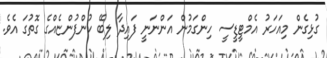
ގުޅިގެން މިއަހަރު އެމްޓީޑީސީ ހިންގަމުން އަންނަނީ ފައިދާ ލިބޭ ކުންފުންޏެއްގެ ގޮތުގަ އެވެ.